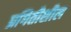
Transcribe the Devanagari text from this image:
प्रगितीशील